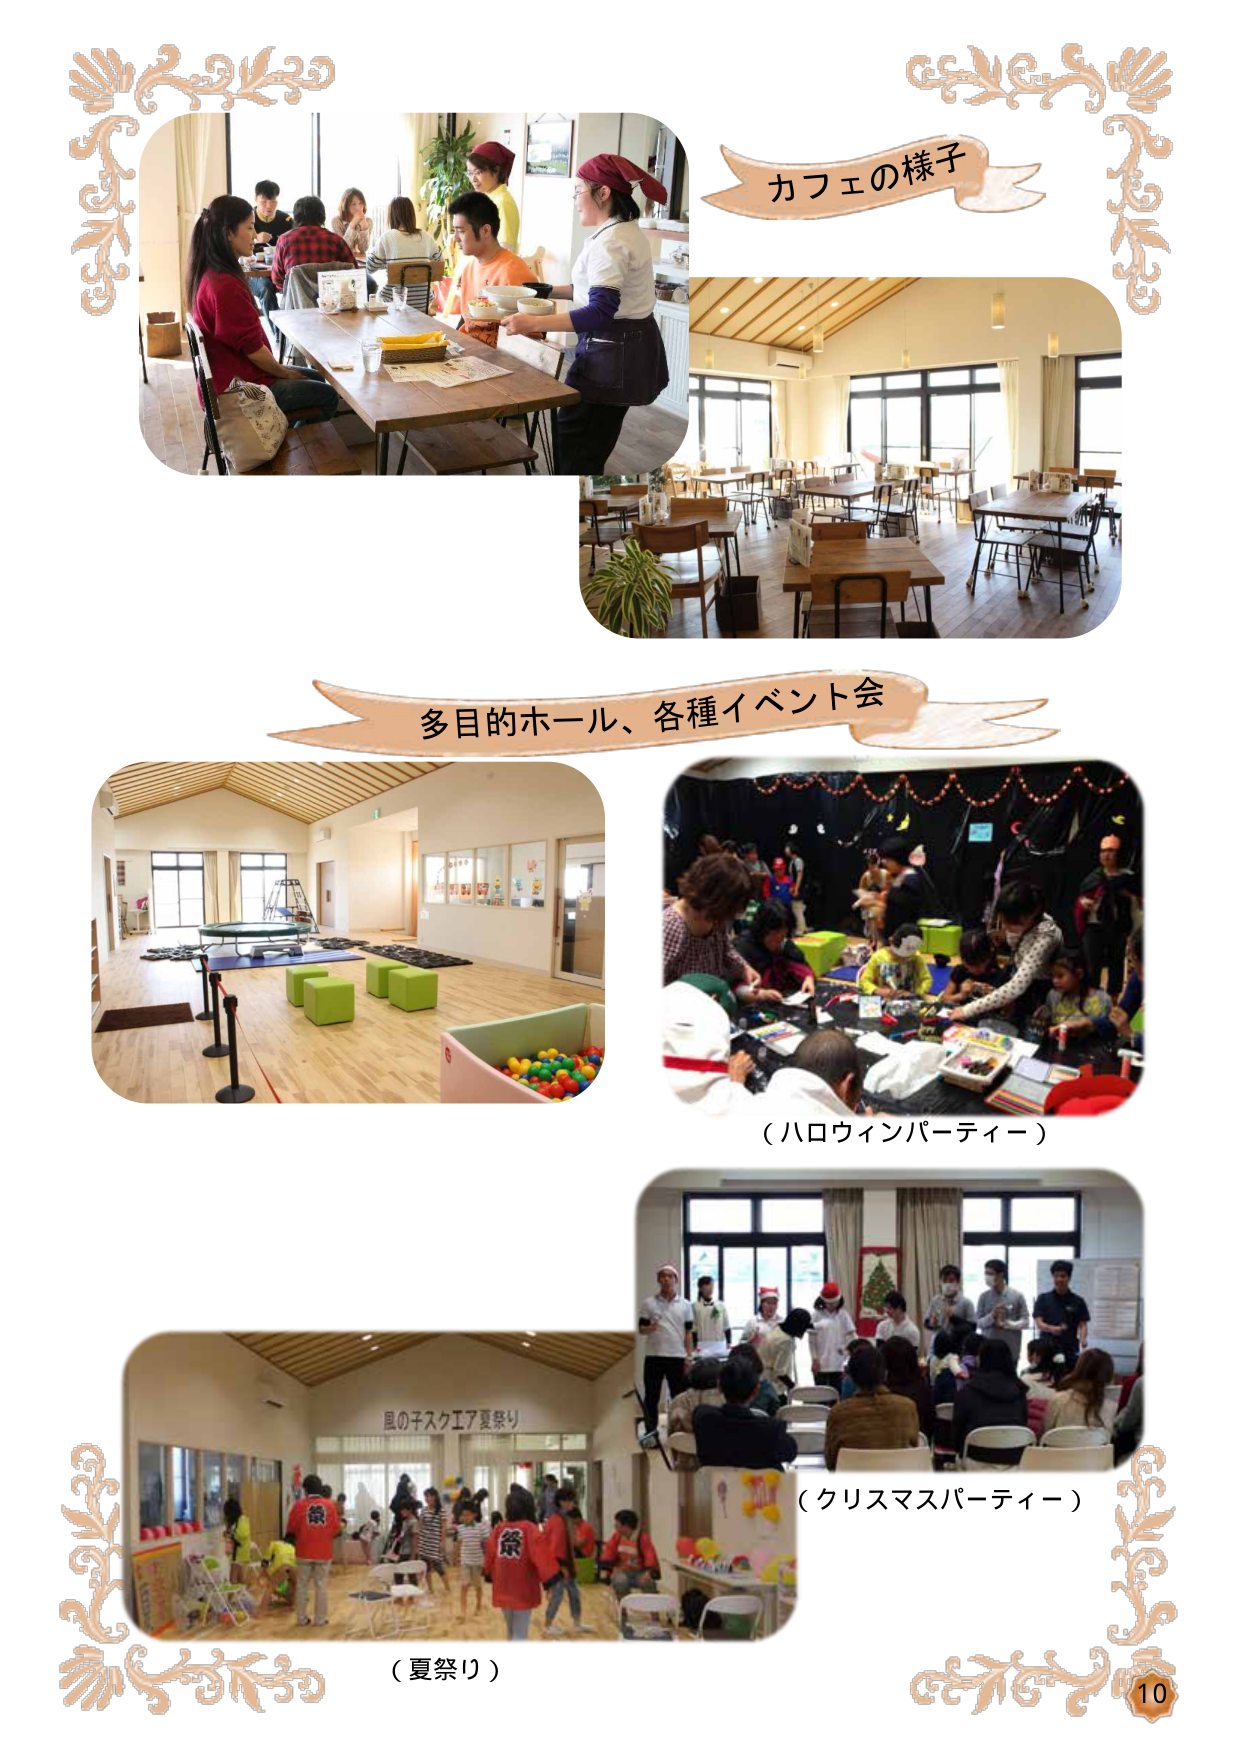
カフェの様子
多目的ホール、各種イベント会
（ハロウィンパーティー）
（クリスマスパーティー）
風の子スクエア夏祭り
（夏祭り）
10